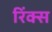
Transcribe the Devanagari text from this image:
रिंक्स